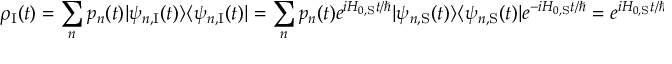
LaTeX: \rho _ { \mathrm { I } } ( t ) = \sum _ { n } p _ { n } ( t ) | \psi _ { n , { \mathrm { I } } } ( t ) \rangle \langle \psi _ { n , { \mathrm { I } } } ( t ) | = \sum _ { n } p _ { n } ( t ) e ^ { i H _ { 0 , { \mathrm { S } } } t / \hbar } | \psi _ { n , { \mathrm { S } } } ( t ) \rangle \langle \psi _ { n , { \mathrm { S } } } ( t ) | e ^ { - i H _ { 0 , { \mathrm { S } } } t / \hbar } = e ^ { i H _ { 0 , { \mathrm { S } } } t / \hbar } \rho _ { \mathrm { S } } ( t ) e ^ { - i H _ { 0 , { \mathrm { S } } } t / \hbar } .